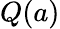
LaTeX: Q(a)